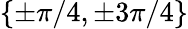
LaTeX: \left\{ \pm\pi/4,\pm 3\pi/4\right\}